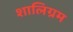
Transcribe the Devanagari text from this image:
शालिग्रम